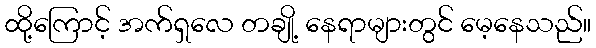
ထို့ကြောင့် အက်ရှလေ တချို့ နေရာများတွင် မေ့နေသည်။